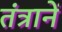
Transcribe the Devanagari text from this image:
तंत्रानें